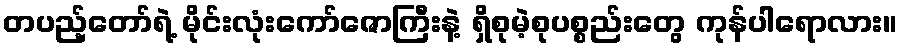
တပည့်တော်ရဲ့ မိုင်းလုံးကော်ဇောကြီးနဲ့ ရှိစုမဲ့စုပစ္စည်းတွေ ကုန်ပါရောလား။